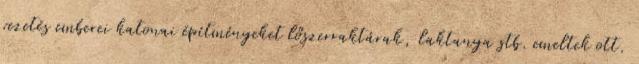
vezetés emberei katonai építményeket lőszerraktárak, laktanya stb. emeltek ott.